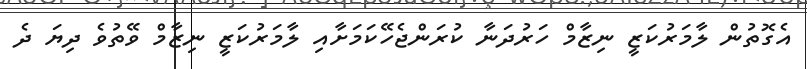
އެގޮތުން ލާމަރުކަޒީ ނިޒާމް ހަރުދަނާ ކުރަންޖެހޭކަމަށާއި ލާމަރުކަޒީ ނިޒާމް ވޭތުވެ ދިޔަ ދެ